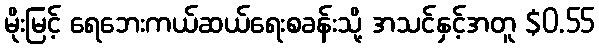
မိုးမြင့် ရေဘေးကယ်ဆယ်ရေးစခန်းသို့ အသင်နှင့်အတူ $0.55